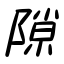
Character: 隙